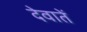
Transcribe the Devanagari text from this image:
देवातें